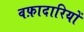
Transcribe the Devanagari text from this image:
वफ़ादारियों